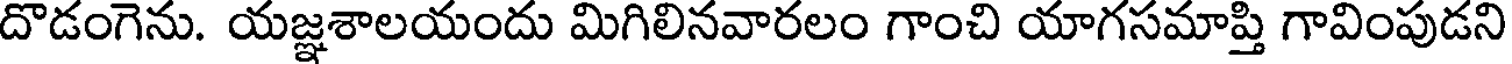
దొడంగెను. యజ్ఞశాలయందు మిగిలినవారలం గాంచి యాగసమాప్తి గావింపుడని